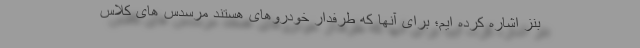
بنز اشاره کرده ایم؛ برای آنها که طرفدار خودروهای هستند مرسدس های کلاس